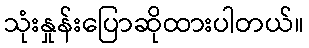
သုံးနှုန်းပြောဆိုထားပါတယ်။